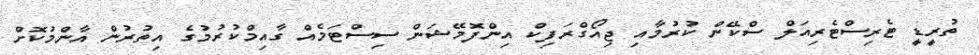
ތުރީޑީ ޓެރިސްޓެރިއަލް ސްކޭން ކުރުމާއި ޖިއޯގްރަފިކް އިންފޮމޭޝަން ސިސްޓަމެއް ގާއިމްކުރުމުގެ އިތުރުން އާންމުކޮށް